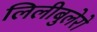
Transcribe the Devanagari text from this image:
लिलीबुलेरो